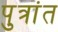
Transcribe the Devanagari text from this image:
पुत्रांत